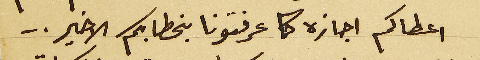
اعطاكم اجازه كما عرفتونا بخطابكم الأخير..